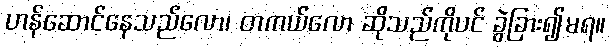
ဟန်ဆောင်နေသည်လော၊ တကယ်လော ဆိုသည်ကိုပင် ခွဲခြား၍မရ။